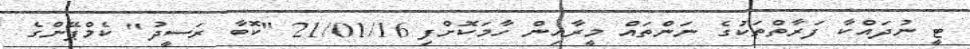
ޓީ ނުދައްކާ ފަރާތްތަކުގެ ނަންތައް މީރާއިން ހާމަކޮށްފި 21/01/16 "ކޮބާ ރަސީދު" ކެމްޕޭންގެ